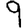
Digit: 9